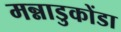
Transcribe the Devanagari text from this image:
मन्नाडुकोंडा